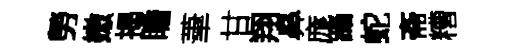
勞嫩揭瞻茟甘翔鼻庬躡蛇斋糟